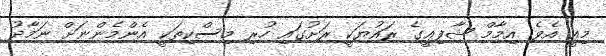
މިއީ އެވެ. އިމާމް ޝާފިޢީގެ ރައުޔަކީ ރަށުގައި ހުރި މިސްކިތަކީ އެންމެންނަށް ނަމާދު